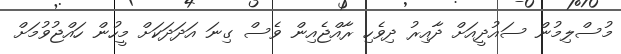
މުސްލިމުން ސައުދީއަށް ދާއިރު ދިވެހި ރާއްޖެއިން ވެސް ގިނަ އަދަދަކަށް މީހުން ހައްޖުވުމަަށް